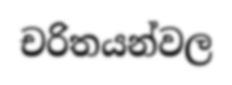
චරිතයන්වල